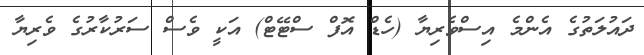
ދައުލަތުގެ އެންމެ އިސްވެރިޔާ (ހެޑް އޮފް ސްޓޭޓް) އަކީ ވެސް ސަރުކާރުގެ ވެރިޔާ